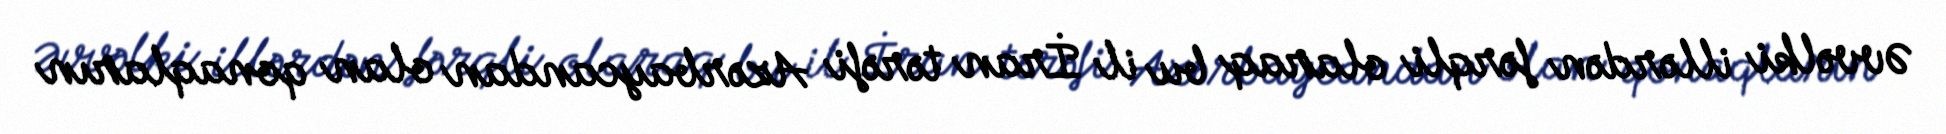
Əvvəlki illərdən fərqli olaraq bu il İran tərəfi Azərbaycandan olan qonaqların